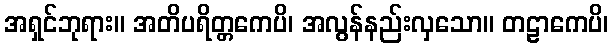
အရှင်ဘုရား။ အတိပရိတ္တကေပိ၊ အလွန်နည်းလှသော။ တဠာကေပိ၊